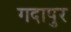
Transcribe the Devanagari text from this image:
गदापुर